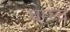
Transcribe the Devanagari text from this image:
चम्म्च